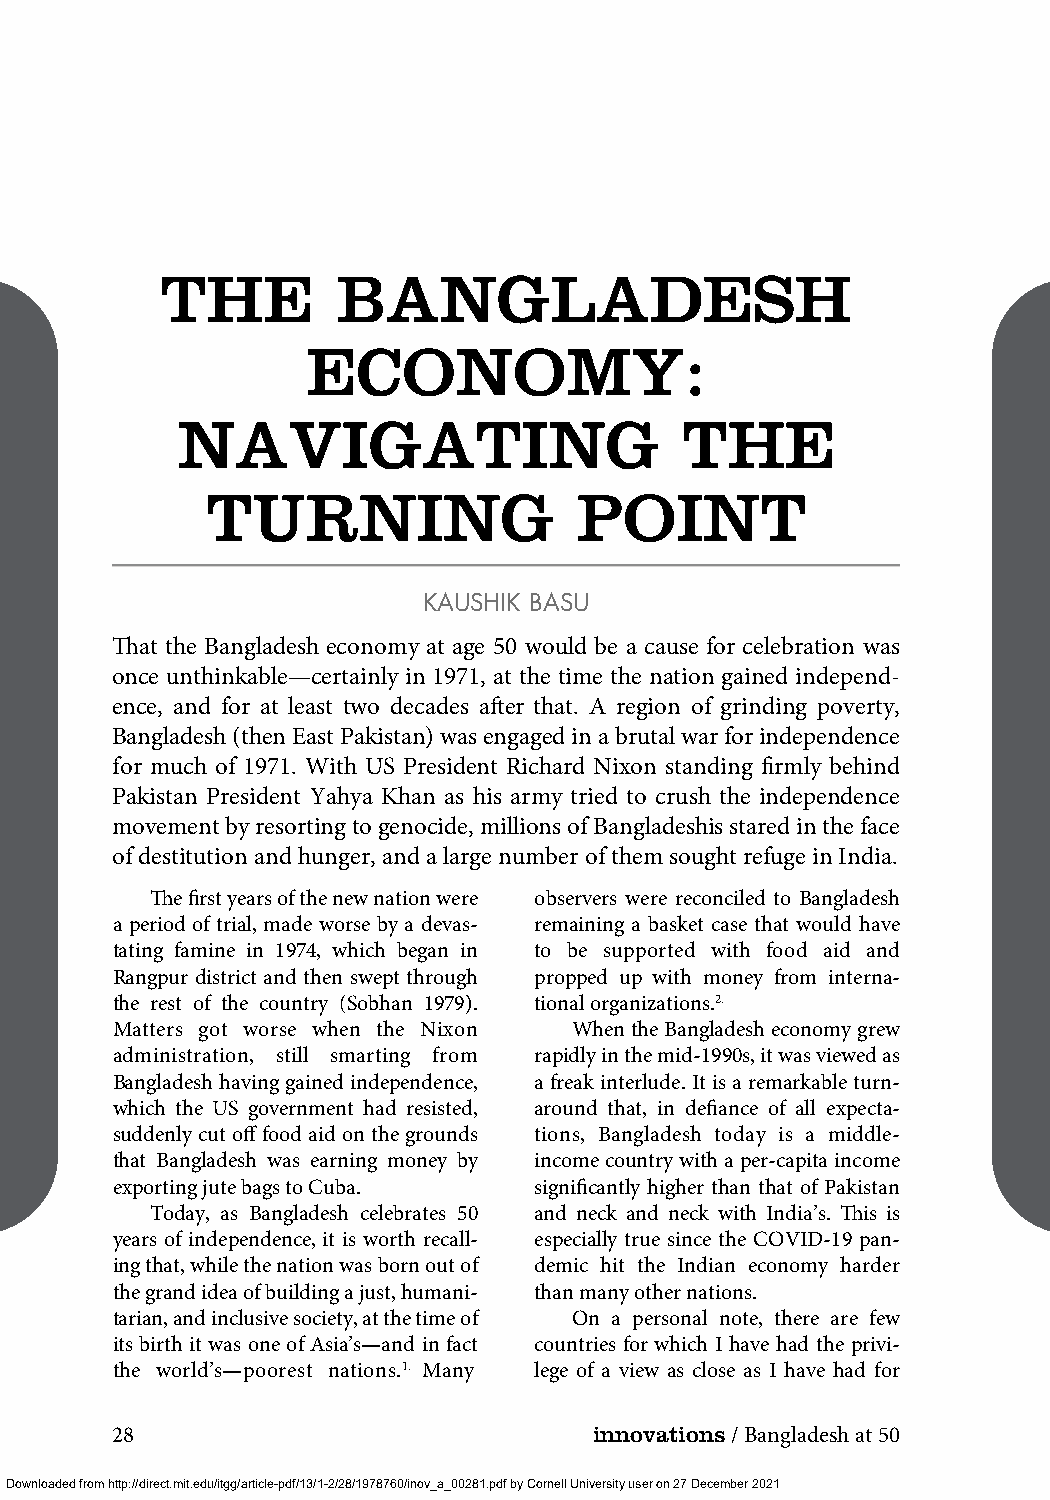
THE        BANGLADESH
 ECONOMY:
 NAVIGATING                       THE
 TURNING                 POINT
 KAUSHIK BASU
 That the Bangladesh economy at age 50 would be a cause for celebration was
 once unthinkable—certainly in 1971, at the time the nation gained independ-
 ence, and for at least two decades after that. A region of grinding poverty,
 Bangladesh (then East Pakistan) was engaged in a brutal war for independence
 for much of 1971. With US President Richard Nixon standing firmly behind
 Pakistan President Yahya Khan as his army tried to crush the independence
 movement by resorting to genocide, millions of Bangladeshis stared in the face
 of destitution and hunger, and a large number of them sought refuge in India.
 The first years of the new nation were observers were reconciled to Bangladesh
 a period of trial, made worse by a devas- remaining a basket case that would have
 tating famine in 1974, which began in to be supported with food aid and
 Rangpur district and then swept through propped up with money from interna-
 the rest of the country (Sobhan 1979). tional organizations.2.
 Matters got worse when the Nixon When the Bangladesh economy grew
 administration, still smarting from rapidly in the mid-1990s, it was viewed as
 Bangladesh having gained independence, a freak interlude. It is a remarkable turn-
 which the US government had resisted, around that, in defiance of all expecta-
 suddenly cut off food aid on the grounds tions, Bangladesh today is a middle-
 that Bangladesh was earning money by income country with a per-capita income
 exporting jute bags to Cuba. significantly higher than that of Pakistan
 Today, as Bangladesh celebrates 50 and neck and neck with India’s. This is
 years of independence, it is worth recall- especially true since the COVID-19 pan-
 ing that, while the nation was born out of demic hit the Indian economy harder
 the grand idea of building a just, humani- than many other nations.
 tarian, and inclusive society, at the time of On a personal note, there are few
 its birth it was one of Asia’s—and in fact countries for which I have had the privi-
 the world’s—poorest nations.1. Many lege of a view as close as I have had for
 28                              innovations/ Bangladesh at 50
 Downloaded from http://direct.mit.edu/itgg/article-pdf/13/1-2/28/1978760/inov_a_00281.pdf by Cornell University user on 27 December 2021